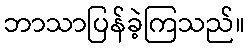
ဘာသာပြန်ခဲ့ကြသည်။